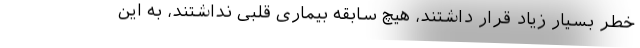
خطر بسیار زیاد قرار داشتند، هیچ سابقه بیماری قلبی نداشتند، به این